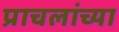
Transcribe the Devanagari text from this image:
प्राचलांच्या